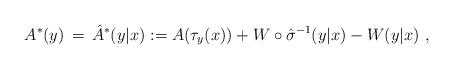
LaTeX: \begin{align*}A^* (y)\,=\,\hat{A}^*(y|x) := A(\tau_y(x)) + W \circ \hat{\sigma}^{-1} (y|x) - W(y|x) \ ,\end{align*}